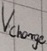
Text: Vcharge